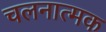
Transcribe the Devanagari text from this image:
चलनात्मक